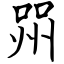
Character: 喌